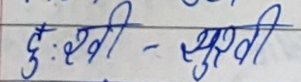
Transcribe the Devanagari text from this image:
दुःखी - सुखी